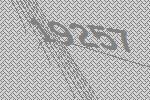
19257